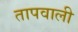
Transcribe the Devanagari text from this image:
तापवाली